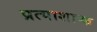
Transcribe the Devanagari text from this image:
प्रत्याशाप्क